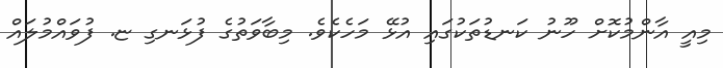
މިއީ އާންމުކޮށް ހޫނު ކަނޑުތަކުގައި އުޅޭ މަހެކެވެ. މިބާވަތުގެ ފުޅަނގި ޏ. ފުވައްމުލައް